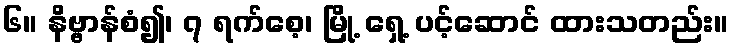
၆။ နိဗ္ဗာန်စံ၍၊ ၇ ရက်စေ့၊ မြို့ ရှေ့ ပင့်ဆောင် ထားသတည်း။